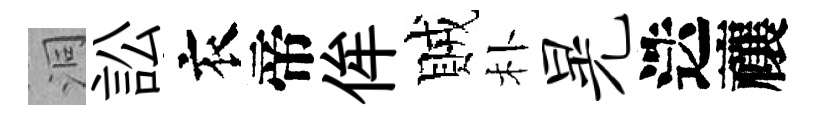
洞訟衣帝侔賊朴晃迭禳